Lunatic asylums United Provinces 1909-1921 - 1909-1921
Year: 1909
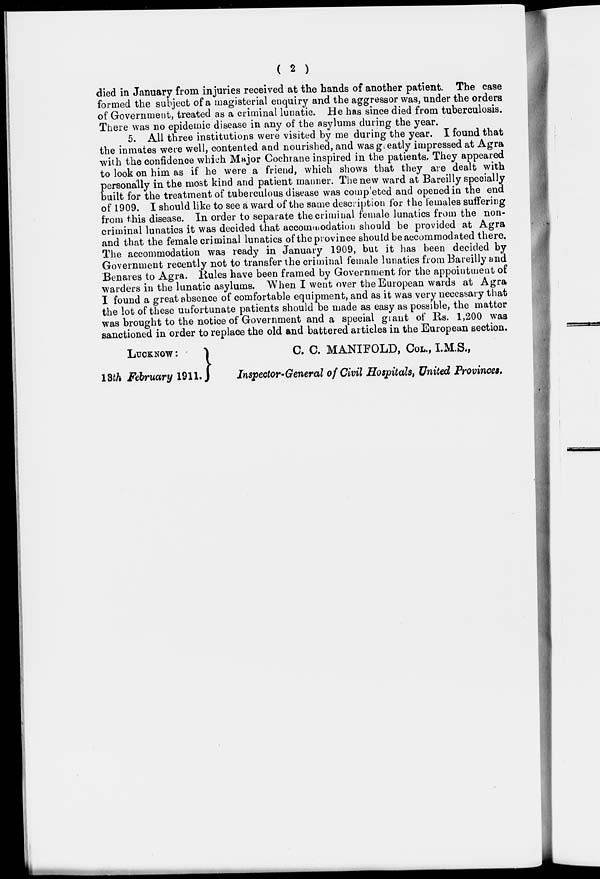
( 2 )
died in January from injuries received at the hands of another patient. The case
formed the subject of a magisterial enquiry and the aggressor was, under the orders
of Government, treated as a criminal lunatic. He has since died from tuberculosis.
There was no epidemic disease in any of the asylums during the year.
5. All three institutions were visited by me during the year. I found that
the inmates were well, contented and nourished, and was greatly impressed at Agra
with the confidence which Major Cochrane inspired in the patients. They appeared
to look on him as if he were a friend, which shows that they are dealt with
personally in the most kind and patient manner. The new ward at Bareilly specially
built for the treatment of tuberculous disease was completed and opened in the end
of 1909. I should like to see a ward of the same description for the females suffering
from this disease. In order to separate the criminal female lunatics from the non-
criminal lunatics it was decided that accommodation should be provided at Agra
and that the female criminal lunatics of the province should be accommodated there.
The accommodation was ready in January 1909, but it has been decided by
Government recently not to transfer the criminal female lunatics from Bareilly and
Benares to Agra. Rules have been framed by Government for the appointment of
warders in the lunatic asylums. When I went over the European wards at Agra
I found a great absence of comfortable equipment, and as it was very necessary that
the lot of these unfortunate patients should be made as easy as possible, the matter
was brought to the notice of Government and a special grant of Rs. 1,200 was
sanctioned in order to replace the old and battered articles in the European section.
LUCKNOW :
C.
C.
MANIFOLD, COL., I.M.S.,
13th February 1911.
Inspector-General of Civil Hospitals, United Provinces.